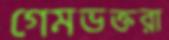
গেমভক্তরা